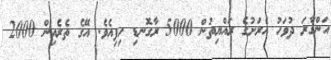
އަންގާރަ ދުވަހު އެރަށުގެ ރައްޔިތުން 5000 ރާގޮނޑި ހިފިއެވެ. އޭގެ ތެރެއިން 2000